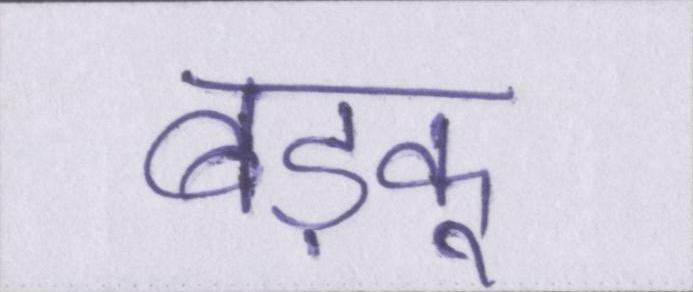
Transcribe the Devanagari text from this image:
बड़कू